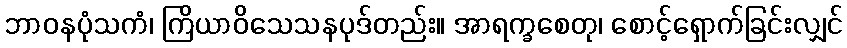
ဘာဝနပုံသကံ၊ ကြိယာဝိသေသနပုဒ်တည်း။ အာရက္ခစေတု၊ စောင့်ရှောက်ခြင်းလျှင်